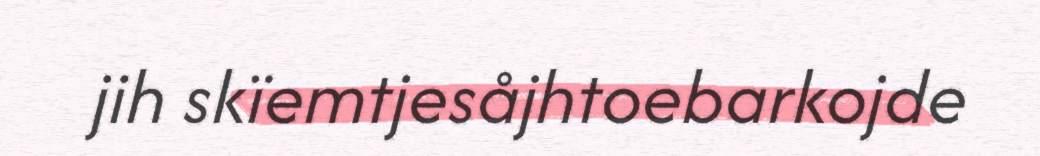
jih skïemtjesåjhtoebarkojde